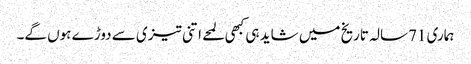
ہماری 71سالہ تاریخ میں شاید ہی کبھی لمحے اتنی تیزی سے دوڑے ہوں گے۔